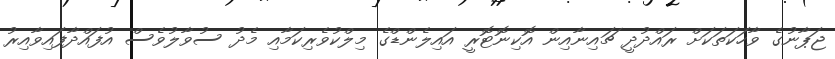
ޖަޕާނުގެ ވާހަކަތަކަށް ރައްދުދީ ޗައިނާއިން އޮކިނޮޓޮރީ އައިލެންޑްގެ މިލްކުވެރިކަމާއި މެދު ސުވާލުވެސް އުފައްދާފައިވާއިރު